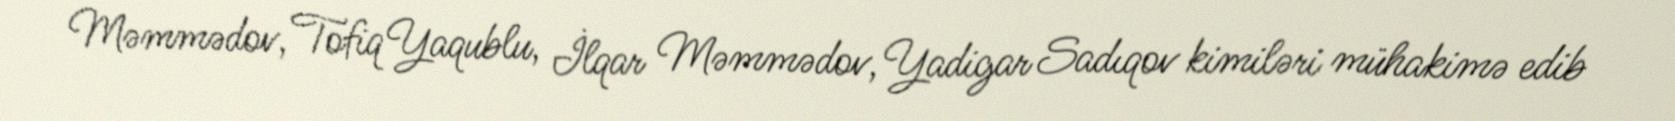
Məmmədov, Tofiq Yaqublu, İlqar Məmmədov, Yadigar Sadıqov kimiləri mühakimə edib